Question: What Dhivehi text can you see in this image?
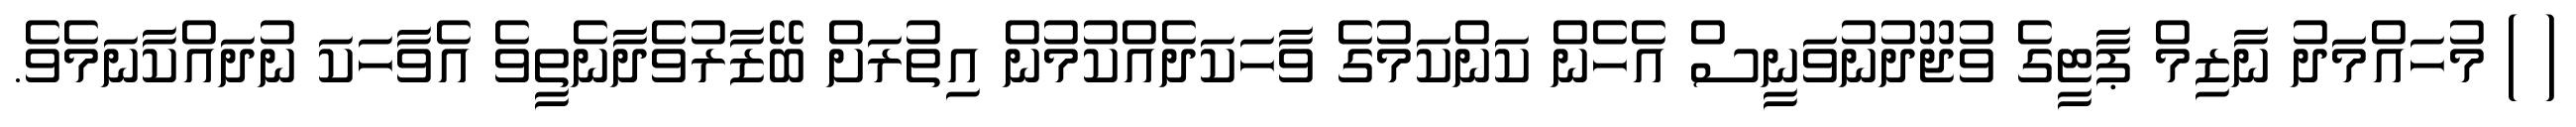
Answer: ( ) މުހައްމަދު ނާޒިމް ޕާޓީގެ ވުޖޫދުނުވަނީސް އެހެން ކަންކަމުގެ ވާހަކަދެއްކުމުން އިތުރަށް ބޭޒާރުވެދާނެތީވެ އެވާހަކަ ނުދައްކާނަމެވެ.